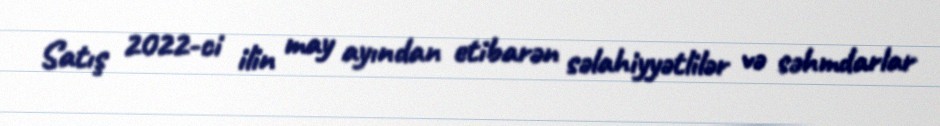
Satış 2022-ci ilin may ayından etibarən səlahiyyətlilər və səhmdarlar